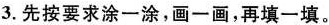
3.先按要求涂一涂，画一画，再填一填。